Theory and practice of anti-rabic immunisation - Number 30
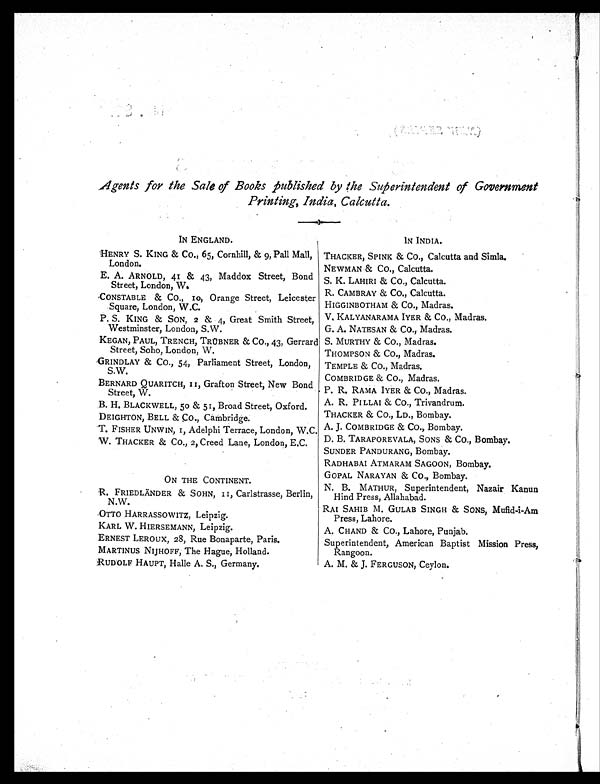
Agents for the Sale of Books published by The Superintendent of Government
Printing, India, Calcutta.
IN ENGLAND.
IN INDIA.
HENRY S. KING & CO., 65, Cornhill, & 9, Pall Mall,
London.
THACKER, SPINK & CO., Calcutta and Simla.
NEWMAN & CO., Calcutta.
E. A. ARNOLD, 41 & 43, Maddox Street, Bond
Street, London, W.
S. K. LA HIRI & Co., Calcutta.
R. CAMBRAY & CO., Calcutta.
CONSTABLE & CO. 10, Orange Street, Leicester
Square, London, W.C.
HIGGINBOTHAM & CO., Madras.
P. S. KING & SON, 2 & 4, Great Smith Street,
Westminster, London, S.W.
V. KALYANARAMA IYER & CO., Madras.
G. A. NATESAN & CO., Madras.
KEGAN, PAUL, TRENCH, TRÜBNER & CO., 43, Gerrard
Street, Soho, London, W.
S. MURTHY & CO., Madras.
THOMPSON & CO., Madras.
GRINDLAY & CO., 54, Parliament Street, London,
S.W.
TEMPLE & CO., Madras.
COMBRIDGE & CO., Madras.
BERNARD QUARITCH, 11, Grafton Street, New Bond
Street, W.
P. R. RAMA IYER & CO., Madras.
B. H. BLACKWELL, 50 & 51, Broad Street, Ox ford .
A. R. PI LLAI & CO., Trivandrum.
DEIGHTON, BELL & CO., Cambridge.
T H A C K E R &
CO., LD., Bombay.
T. FISHER UNWIN, 1, Adelphi Terrace, London, W.C. A. J. COMBRIDGE & CO., Bombay.
W. THACKER & CO., 2, Creed Lane, London, E.C.
D. B. TARAPOREVALA, SONS & CO., Bombay.
SUNDER PANDURANG, Bombay.
RADHABAI ATMARAM SAGOON, Bombay.
ON THE CONTINENT.
GOPAL NARAYAN & CO., Bombay.
R. FRIEDLÄNDER & SOHN, 11, Carlstrasse, Berlin,
N.W.
N. B. MATHUR, Superintendent, Nazair Kanun
Hind Press, Allahabad.
RAI SAHIB M. GULAB SINGH & SONS, Mufid-i-Am
Press, Lahore.
OTTO HARRASSOWITZ, Leipzig.
KARL W. HIERSEMANN, Leipzig.
A. CHAND & CO., Lahore, Punjab.
ERNEST LEROUX, 28, Rue Bonaparte, Paris.
Superintendent, American Baptist Mission Press,
Rangoon.
MARTINUS NIJHOFF, The Hague, Holland.
RUDOLF HAUPT, Halle A. S., Germany.
A. M. & J. FERGUSON, Ceylon.